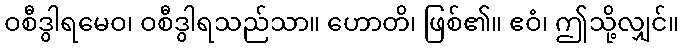
ဝစီဒွါရမေဝ၊ ဝစီဒွါရသည်သာ။ ဟောတိ၊ ဖြစ်၏။ ဧဝံ၊ ဤသို့လျှင်။